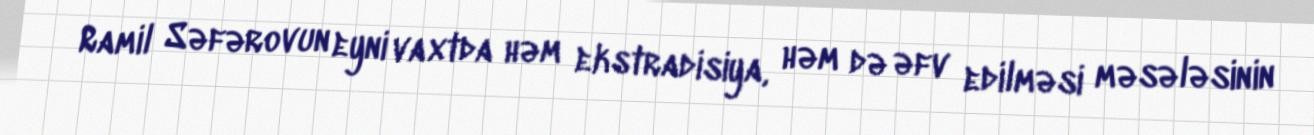
Ramil Səfərovun eyni vaxtda həm ekstradisiya, həm də əfv edilməsi məsələsinin